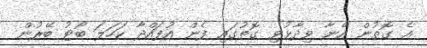
އެ ގޮތުން އޭނާ ވިދާޅުވި ގޮތުގައި ފެން އުފައްދާ ކަހަލަ ބޯޓު ބޭރުން